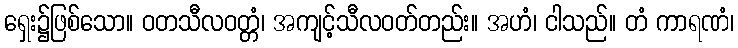
ရှေး၌ဖြစ်သော။ ဝတသီလဝတ္တံ၊ အကျင့်သီလဝတ်တည်း။ အဟံ၊ ငါသည်။ တံ ကာရဏံ၊